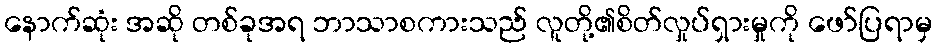
နောက်ဆုံး အဆို တစ်ခုအရ ဘာသာစကားသည် လူတို့၏စိတ်လှုပ်ရှားမှုကို ဖော်ပြရာမှ